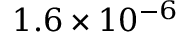
1 . 6 \times 1 0 ^ { - 6 }